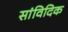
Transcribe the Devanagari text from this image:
सांविदिक